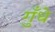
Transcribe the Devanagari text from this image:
गुँधे